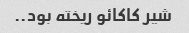
شیر کاکائو ریخته بود..